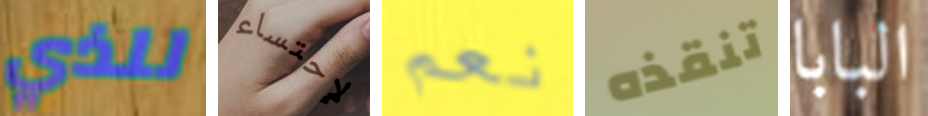
للذي لإحتساء نعم تنقذه البابا